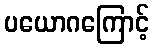
ပယောဂကြောင့်